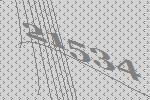
21534